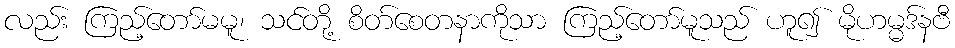
လည်း ကြည့်တော်မမူ၊ သင်တို့ စိတ်စေတနာကိုသာ ကြည့်တော်မူသည် ဟူ၍ မိုဟမ္မဒ်နဗီ